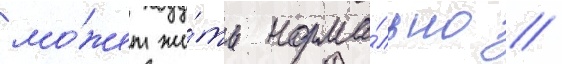
мо́жет жи́ть норма́льно //